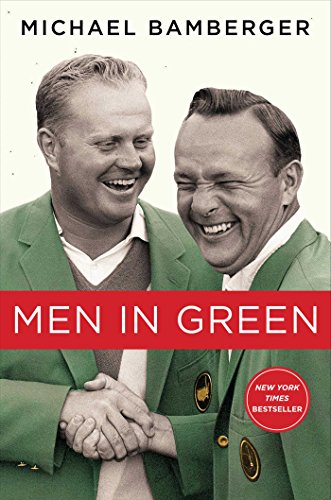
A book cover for Men in Green; Michael Bamberger; Biographies & Memoirs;